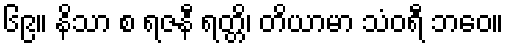
၆၉။ နိသာ စ ရဇနီ ရတ္တိ၊ တိယာမာ သံဝရီ ဘဝေ။